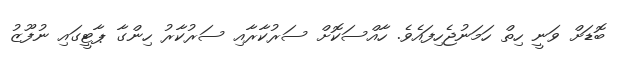
ބޮޑަށް ވަނީ ހިތް ހަމަނުޖެހިފައެވެ. ހާއްސަކޮށް ސަރުކާރާއި ސަރުކާރު ހިންގާ ޕާޓީގައި ނުފޫޒު